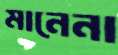
মানেনা